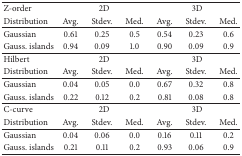
<table><thead><tr><td><b>Z-order </b></td><td colspan="3"><b>2D</b></td><td colspan="3"><b>3D</b></td></tr><tr><td><b>Distribution </b></td><td><b>Avg.</b></td><td><b>Stdev.</b></td><td><b>Med.</b></td><td><b>Avg.</b></td><td><b>Stdev.</b></td><td><b>Med.</b></td></tr></thead><tbody><tr><td>Gaussian</td><td>0.61</td><td>0.25</td><td>0.5</td><td>0.54</td><td>0.23</td><td>0.6</td></tr><tr><td>Gauss. islands</td><td>0.94</td><td>0.09</td><td>1.0</td><td>0.90</td><td>0.09</td><td>0.9</td></tr><tr><td>Hilbert</td><td colspan="3">2D</td><td colspan="3">3D</td></tr><tr><td>Distribution</td><td>Avg.</td><td>Stdev.</td><td>Med.</td><td>Avg.</td><td>Stdev.</td><td>Med.</td></tr><tr><td>Gaussian</td><td>0.04</td><td>0.05</td><td>0.0</td><td>0.67</td><td>0.32</td><td>0.8</td></tr><tr><td>Gauss. islands</td><td>0.22</td><td>0.12</td><td>0.2</td><td>0.81</td><td>0.08</td><td>0.8</td></tr><tr><td>C-curve</td><td colspan="3">2D</td><td colspan="3">3D</td></tr><tr><td>Distribution</td><td>Avg.</td><td>Stdev.</td><td>Med.</td><td>Avg.</td><td>Stdev.</td><td>Med.</td></tr><tr><td>Gaussian</td><td>0.04</td><td>0.06</td><td>0.0</td><td>0.16</td><td>0.11</td><td>0.2</td></tr><tr><td>Gauss. islands</td><td>0.21</td><td>0.11</td><td>0.2</td><td>0.93</td><td>0.06</td><td>0.9</td></tr></tbody></table>